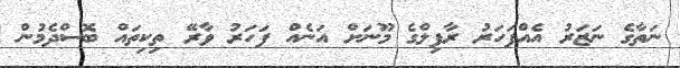
ނަތާގެ ނަޒަރު އެއްފަހަރު ރާފިލްގެ މޫނަށް އަނެއް ފަހަރު ވާރޭ ތިކިތައް ބޮސްދެމުން